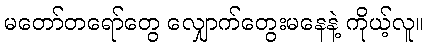
မတော်တရော်တွေ လျှောက်တွေးမနေနဲ့ ကိုယ့်လူ။